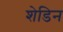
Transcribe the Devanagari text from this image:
शेडिन